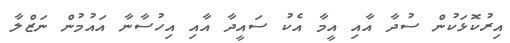
އިރުކޮޅަކުން ސުދާ އާއި އީމާ އެކު ސައީދާ އާއި އިހުސާނާ އައުމުން ނަޒްލާ